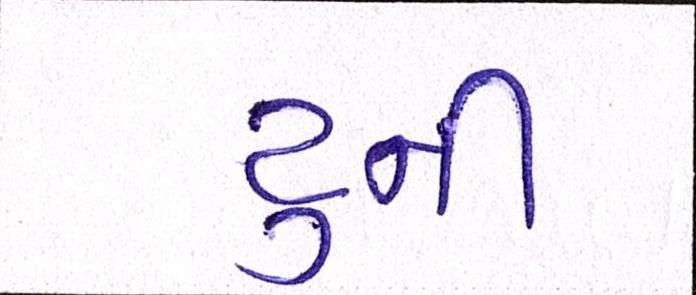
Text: ટુની